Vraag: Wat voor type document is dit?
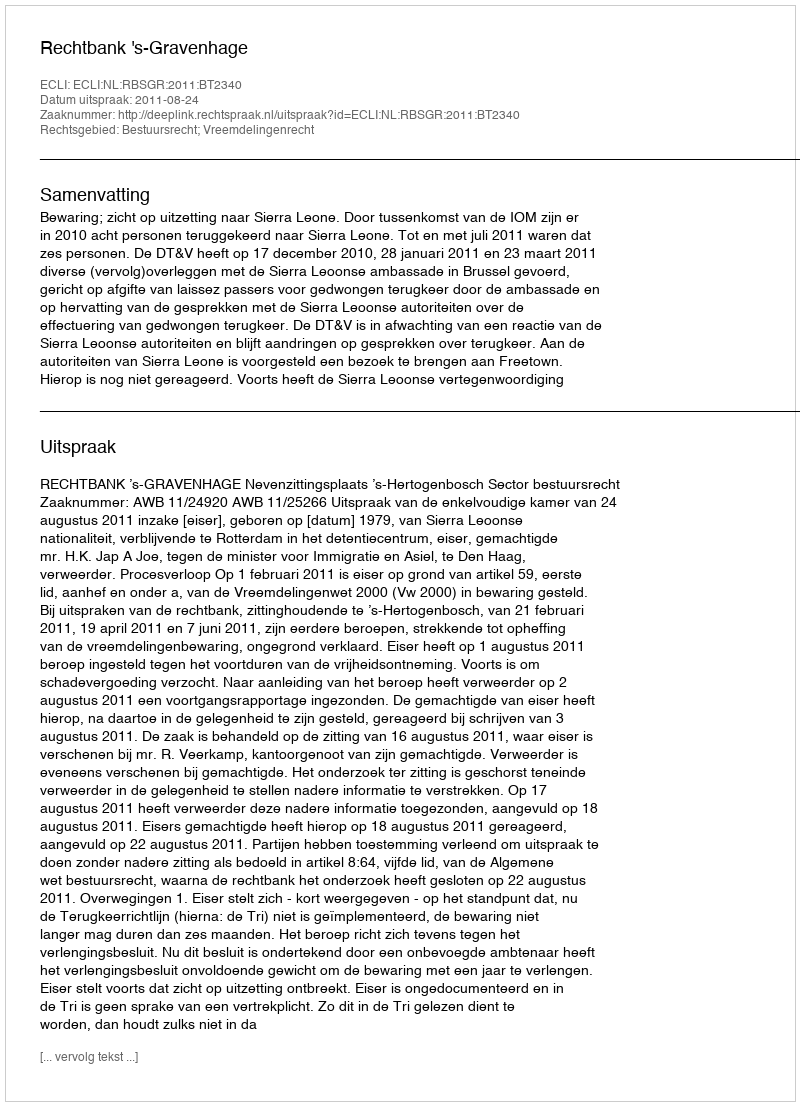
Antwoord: Uitspraak